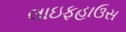
લાઇફહાઉસ